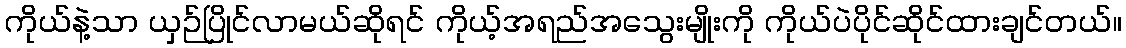
ကိုယ်နဲ့သာ ယှဉ်ပြိုင်လာမယ်ဆိုရင် ကိုယ့်အရည်အသွေးမျိုးကို ကိုယ်ပဲပိုင်ဆိုင်ထားချင်တယ်။